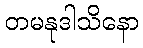
တမနုဒါသိနော